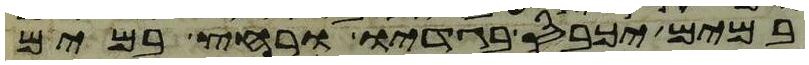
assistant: במים יכבס בגדיו ורחץ במים